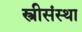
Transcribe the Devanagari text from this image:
स्त्रीसंस्था